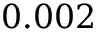
0 . 0 0 2